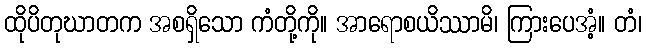
ထိုပိတုဃာတက အစရှိသော ကံတို့ကို။ အာရောစယိဿာမိ၊ ကြားပေအံ့။ တံ၊